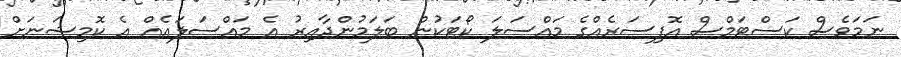
ނަމަވެސް ކަސްޓަމްސް އޮފިސަރެއްގެ މައްސަލަ ކޯޓަކުން ބަލަމުންދާއިރު އެ މައްސަލައެއް އެ ކޮމިޝަނަށް